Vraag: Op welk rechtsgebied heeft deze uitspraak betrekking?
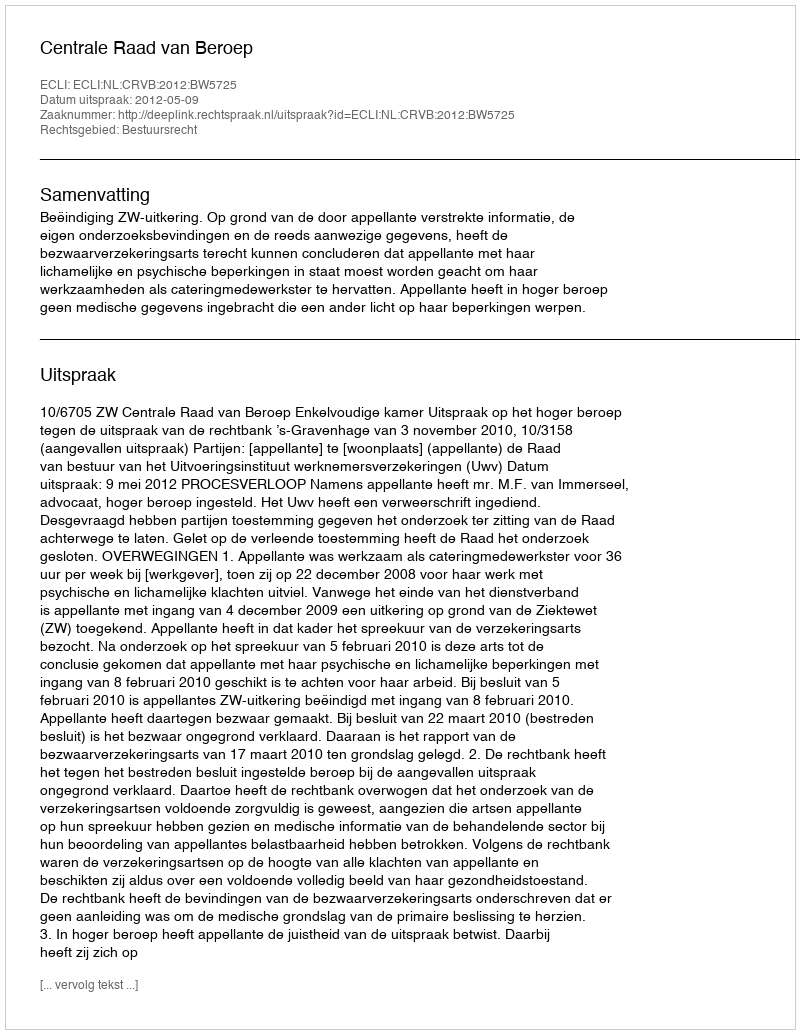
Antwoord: Bestuursrecht